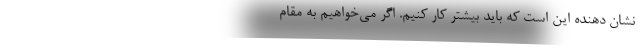
نشان دهنده این است که باید بیشتر کار کنیم. اگر می‌خواهیم به مقام